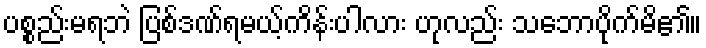
ပစ္စည်းမရဘဲ ပြစ်ဒဏ်ရမယ့်ကိန်းပါလား ဟုလည်း သဘောပိုက်မိ၏။